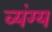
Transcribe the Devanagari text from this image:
व्‍यंग्य